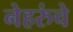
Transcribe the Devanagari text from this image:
नेहरुंचे